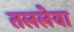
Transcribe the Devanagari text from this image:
तललेया